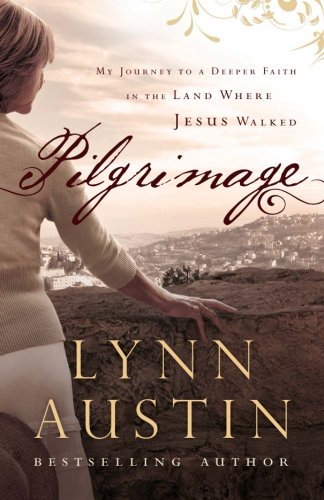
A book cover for Pilgrimage: My Journey to a Deeper Faith in the Land Where Jesus Walked; Lynn Austin; Travel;